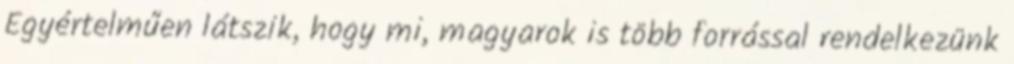
Egyértelműen látszik, hogy mi, magyarok is több forrással rendelkezünk